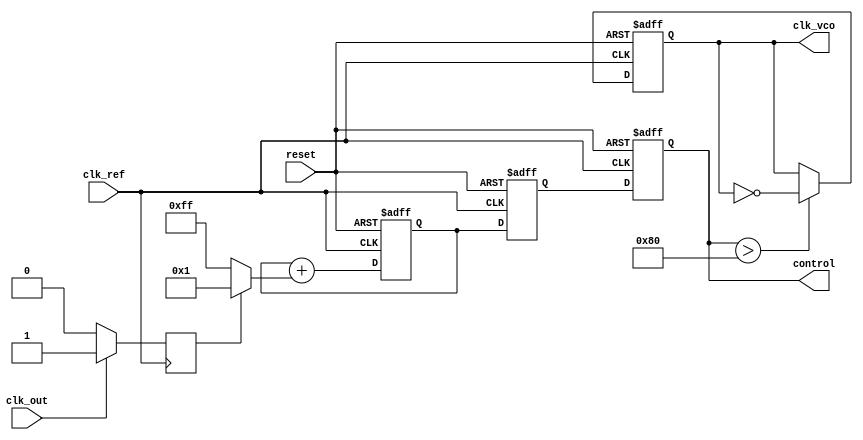
module pll (
    input wire clk_ref,        // Reference clock input
    input wire clk_out,        // Output clock (feedback)
    input wire reset,          // Reset signal
    output reg clk_vco,        // VCO output clock
    output reg [7:0] control   // Control voltage for VCO (simplified)
);

    // Phase Detector (PD)
    reg phase_error;           // Phase error signal
    reg clk_ref_d;             // Delayed reference clock

    always @(posedge clk_ref or posedge reset) begin
        if (reset) begin
            clk_ref_d <= 0;
        end else begin
            clk_ref_d <= clk_ref; // Delay reference clock
        end
    end

    always @(posedge clk_ref) begin
        // Simple phase detector logic
        if (clk_out) begin
            phase_error <= 1; // Output clock is leading
        end else begin
            phase_error <= 0; // Output clock is lagging
        end
    end

    // Loop Filter (LF)
    reg [7:0] filter_output;   // Filter output
    reg [7:0] filter_state;    // Filter state

    always @(posedge clk_ref or posedge reset) begin
        if (reset) begin
            filter_state <= 0;
            filter_output <= 0;
        end else begin
            // Simple first-order low-pass filter
            filter_state <= filter_state + (phase_error ? 1 : -1);
            filter_output <= filter_state; // Update filter output
        end
    end

    // Voltage-Controlled Oscillator (VCO)
    always @(posedge clk_ref or posedge reset) begin
        if (reset) begin
            clk_vco <= 0;
            control <= 0;
        end else begin
            // Control voltage is derived from filter output
            control <= filter_output;

            // Generate output clock based on control voltage
            // Simplified VCO behavior: frequency is proportional to control voltage
            if (control > 128) begin
                clk_vco <= ~clk_vco; // Toggle clock if control is high
            end
        end
    end

endmodule